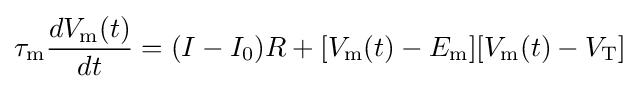
\tau _{\mathrm {m} }{\frac {dV_{\mathrm {m} }(t)}{dt}}=(I-I_{0})R+[V_{\mathrm {m} }(t)-E_{\mathrm {m} }][V_{\mathrm {m} }(t)-V_{\mathrm {T} }]